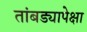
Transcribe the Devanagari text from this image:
तांबड्यापेक्षा